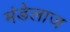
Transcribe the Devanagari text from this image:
मंडेलाज